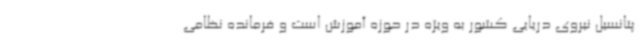
پتانسیل نیروی دریایی کشور به ویژه در حوزه آموزش است و فرمانده نظامی